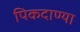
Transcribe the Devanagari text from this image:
पिकदाण्या